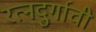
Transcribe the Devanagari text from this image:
रत्‍नदुर्गाची